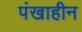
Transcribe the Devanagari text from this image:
पंखाहीन